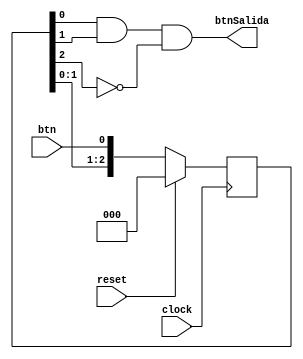
`timescale 1ns / 1ps
//////////////////////////////////////////////////////////////////////////////////
// Company: 
// Engineer: 
// 
// Design Name: 
// Module Name:    DEBOUNCE 
// Project Name: 
// Target Devices: 
// Tool versions: 
// Description: 
//
// Dependencies: 
//
// Revision: 
// Revision 0.01 - File Created
// Additional Comments: 
//
//////////////////////////////////////////////////////////////////////////////////
module DEBOUNCE(
   btn,
	clock,
	reset,
	btnSalida
 );

//INPUT
input wire btn;
input wire reset;
input wire clock;

//OUTPUT
output wire btnSalida;

//CODE 
reg [2:0] aux;

always @ (posedge clock)
	if (reset == 1)
		aux <= 3'b000;
   else
		aux <= {aux[1:0], btn};
		
assign btnSalida = aux[0] & aux[1] & !aux[2];
				
				
endmodule